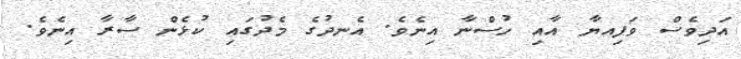
އަދިވެސް ވަފިއޔާ އާއި ހުސްނާ އިނެވެ. އެނދުގެ މެދުގައި ކުޅެން ސާރާ އިނެވެ.